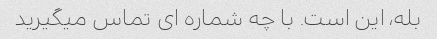
بله، این است. با چه شماره ای تماس میگیرید